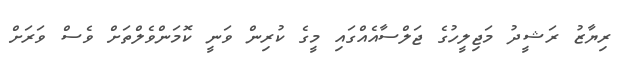
ރިޔާޒު ރަޝީދު މަޖިލީހުގެ ޖަލްސާއެއްގައި މީގެ ކުރިން ވަނީ ކޮމަންވެލްތަށް ވެސް ވަރަށް